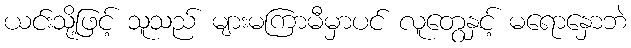
ယင်းသို့ဖြင့် သူသည် များမကြာမီမှာပင် လူတွေနှင့် မရောနှောဘဲ